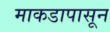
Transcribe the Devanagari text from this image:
माकडापासून